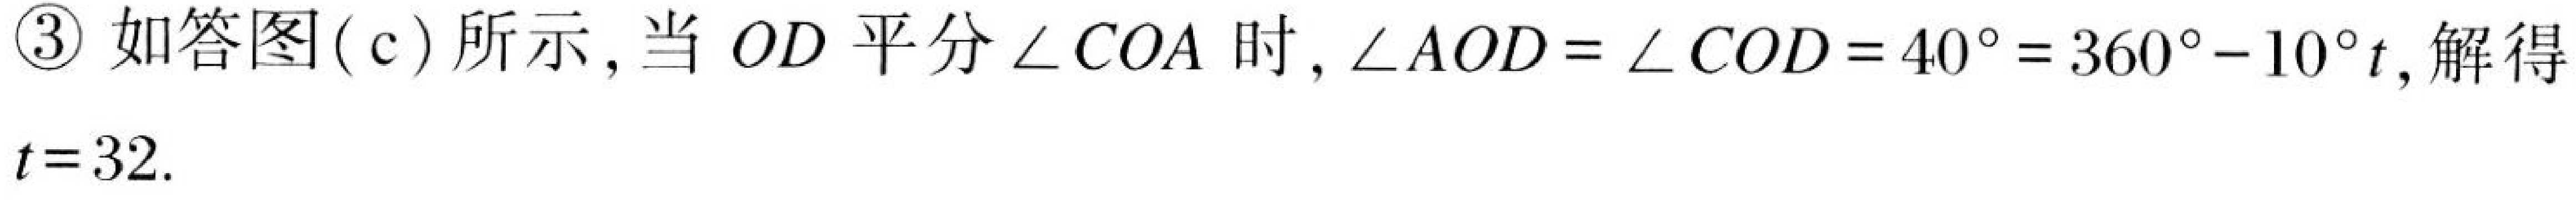
\textcircled{3} 如答图( c) 所示, 当 \(OD\) 平分 \(\angle COA\) 时, \(\angle AOD=\angle COD = 40^{\circ}=360^{\circ}-10^{\circ}t\), 解得
\(t = 32\).